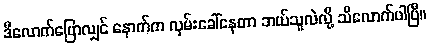
ဒီလောက်ပြောလျှင် နောက်က လှမ်းခေါ်နေတာ ဘယ်သူလဲလို့ သိလောက်ပါပြီ။